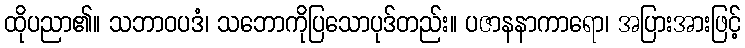
ထိုပညာ၏။ သဘာဝပဒံ၊ သဘောကိုပြသောပုဒ်တည်း။ ပဇာနနာကာရော၊ အပြားအားဖြင့်